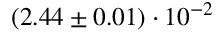
( 2 . 4 4 \pm 0 . 0 1 ) \cdot 1 0 ^ { - 2 }